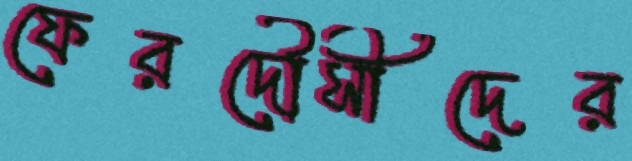
ফেরদৌসীদের